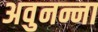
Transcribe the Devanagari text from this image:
अवुनन्ना